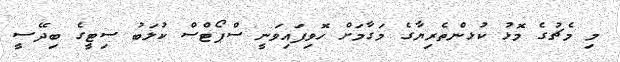
މި މެޗުގެ މޮޅު ކުޅންތެރިޔާގެ މަގާމަށް ހޮވިފައިވަނީ ސްޕޯޓްސް ކުލަބު ސިޓީގެ ބިދޭސީ